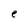
Character: e